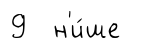
9 н'и́ше